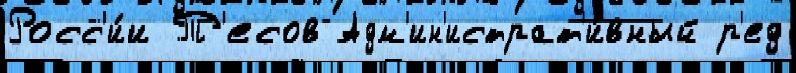
Росс'и́и Т'есов Адм'ин'истрат'и́вный р'ед